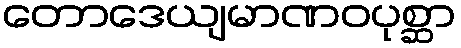
တောဒေယျမာဏဝပုစ္ဆာ